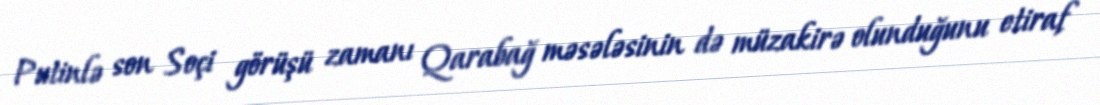
Putinlə son Soçi görüşü zamanı Qarabağ məsələsinin də müzakirə olunduğunu etiraf